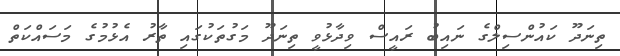
ތިނަދޫ ކައުންސިލްގެ ނައިބު ރައީސް ވިދާޅުވީ ތިނަދޫ މަގުތަކުގައި ތާރު އެޅުމުގެ މަސައްކަތް